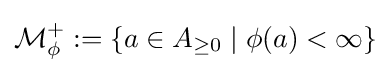
{\mathcal {M}}_{\phi }^{+}:=\{a\in A_{\geq 0}\mid \phi (a)<\infty \}